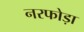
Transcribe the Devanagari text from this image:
नरफोड़ा